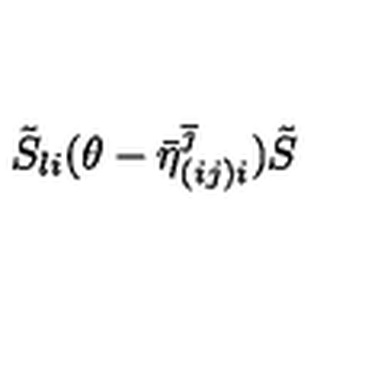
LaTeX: \tilde { S } _ { l i } ( \theta - \bar { \eta } _ { ( i j ) i } ^ { \overline { { \jmath } } } ) \tilde { S }